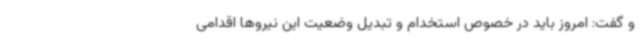
و گفت: امروز باید در خصوص استخدام و تبدیل وضعیت این نیروها اقدامی